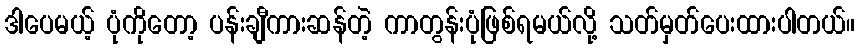
ဒါပေမယ့် ပုံကိုတော့ ပန်းချီကားဆန်တဲ့ ကာတွန်းပုံဖြစ်ရမယ်လို့ သတ်မှတ်ပေးထားပါတယ်။